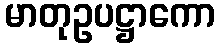
မာတုဥပဋ္ဌာကော